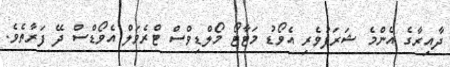
ދާއިރާގެ އެންމެ ޝަރަފުވެރި އެވޯޑު މަޓާޓޯ މޯލްޑިވްސް ޓްރެވަލް އެވޯޑްސް ދޭ ފަރާތެވެ.